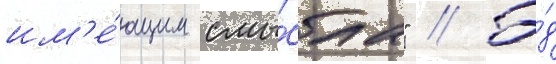
им'е́ющим смы́сла" // Э́д